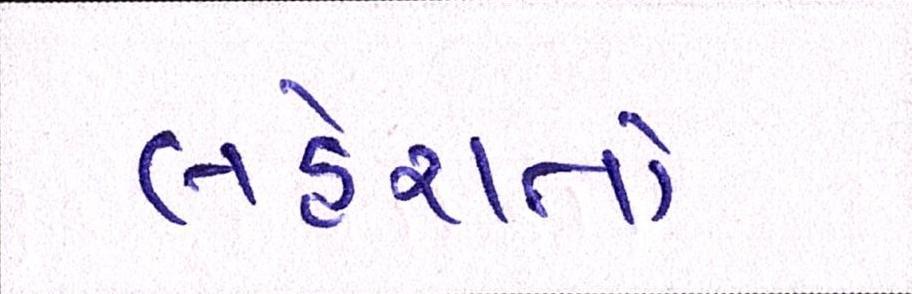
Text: લહેરાતો